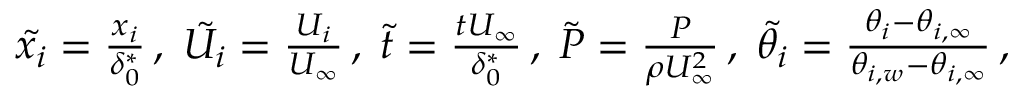
\begin{array} { r } { \tilde { { x } _ { i } } = \frac { x _ { i } } { \delta _ { 0 } ^ { * } } \, , \; \tilde { { U } _ { i } } = \frac { U _ { i } } { U _ { \infty } } \, , \; \tilde { t } = \frac { t U _ { \infty } } { \delta _ { 0 } ^ { * } } \, , \; \tilde { P } = \frac { P } { \rho U _ { \infty } ^ { 2 } } \, , \; \tilde { { \theta } _ { i } } = \frac { \theta _ { i } - \theta _ { i , \infty } } { \theta _ { i , w } - \theta _ { i , \infty } } \, , } \end{array}